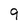
Character: 9